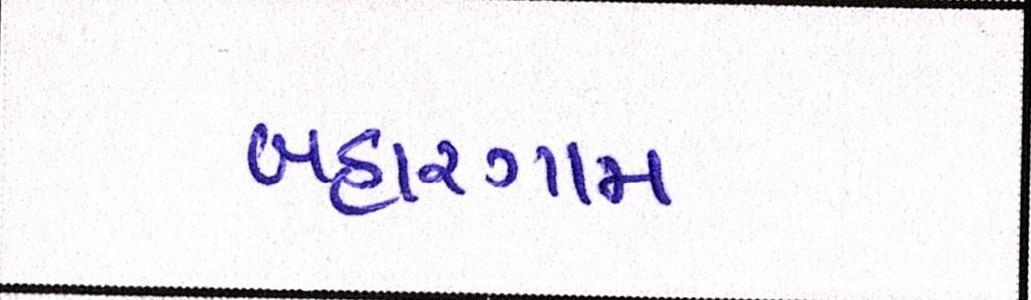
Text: બહારગામ